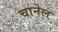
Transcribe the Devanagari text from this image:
चानेल